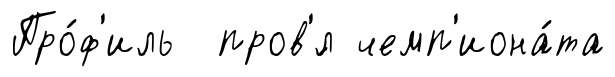
Про́ф'иль пров'́л чемп'иона́та